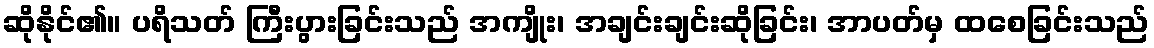
ဆိုနိုင်၏။ ပရိသတ် ကြီးပွားခြင်းသည် အကျိုး၊ အချင်းချင်းဆိုခြင်း၊ အာပတ်မှ ထစေခြင်းသည်